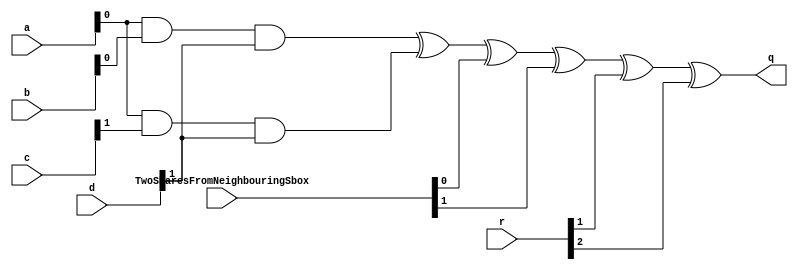
/*
* -----------------------------------------------------------------
* DOCUMENT: "Low-Latency and Low-Randomness Second-Order Masked Cubic Functions", TCHES 2023, Issue 1.
* -----------------------------------------------------------------
*
* Copyright (c) 2021, Aein Rezaei Shahmirzadi
*
* All rights reserved.
*
* THIS SOFTWARE IS PROVIDED BY THE COPYRIGHT HOLDERS AND CONTRIBUTORS "AS IS" AND
* ANY EXPRESS OR IMPLIED WARRANTIES, INCLUDING, BUT NOT LIMITED TO, THE IMPLIED
* WARRANTIES OF MERCHANTABILITY AND FITNESS FOR A PARTICULAR PURPOSE ARE
* DISCLAIMED. IN NO EVENT SHALL THE COPYRIGHT HOLDER OR CONTRIBUTERS BE LIABLE FOR ANY
* DIRECT, INDIRECT, INCIDENTAL, SPECIAL, EXEMPLARY, OR CONSEQUENTIAL DAMAGES
* (INCLUDING, BUT NOT LIMITED TO, PROCUREMENT OF SUBSTITUTE GOODS OR SERVICES;
* LOSS OF USE, DATA, OR PROFITS; OR BUSINESS INTERRUPTION) HOWEVER CAUSED AND
* ON ANY THEORY OF LIABILITY, WHETHER IN CONTRACT, STRICT LIABILITY, OR TORT
* (INCLUDING NEGLIGENCE OR OTHERWISE) ARISING IN ANY WAY OUT OF THE USE OF THIS
* SOFTWARE, EVEN IF ADVISED OF THE POSSIBILITY OF SUCH DAMAGE.
*
* Please see LICENSE and README for license and further instructions.
*/

module NF_CF_1(
  // #(parameter 1'h1     = 0)
    input [2:0] a,
    input [2:0] b,
    input [2:0] c,
    input [2:0] d,
	input [107:0] r,
	// input 1'h1,
    input [7:0] TwoSharesFromNeighbouringSbox,
    output q 
	 );
	 
	parameter num = 1;
	parameter Co_f = 0;
	wire [7:0] k;
	assign k = TwoSharesFromNeighbouringSbox;
	
	wire q_Sinv;
	wire q_S;
	wire MUX;
	 
	wire [26:0] r1;
	wire [26:0] r4;
	wire [26:0] r3;
	wire [26:0] r2;
	
	assign r1 = r[26:0];
	assign r3 = r[53:27];
	assign r4 = r[80:54];
	assign r2 = r[107:81];
	
	
	// Sbox Inverse
	generate
		if (Co_f == 0) begin
			if(num==0)  begin
				assign q_Sinv 	= (a[0]&b[0]&d[0]) ^ (a[0]&c[0]&d[0]) ^ (a[0]&b[0]) ^ 	(c[0]&b[0]) ^	(c[0]&d[0]) ^ d[0]  ^ b[0] ^ 1'b1  ;
				assign q_S 		= (a[0]&b[0]&c[0])  ^ (a[0]&b[0]) ^ 	(c[0]&b[0]) ^ (c[0]&d[0]) ^ (a[0]&d[0]) ^ 1'b1 ^ c[0] ^ d[0] ^ b[0];
				assign MUX 		= 1'h1 ? q_Sinv : q_S;
				assign q   		= MUX ^ k[0] ^ r1[0] ^ r1[1];
			end
			
			if(num==1)  begin 
				assign q_Sinv = (a[0]&b[0]&d[1]) ^ (a[0]&c[1]&d[1]);
				assign q_S = (a[0]&b[0]&c[1]) ^ c[1] ^ d[1] ;
				assign MUX 		= 1'h1 ? q_Sinv : q_S;
				assign q   		= MUX ^ k[0] ^ k[1]	^ r1[1] ^ r1[2];
			end
			
			if(num==2)  begin 
				assign q_Sinv 	= (a[0]&b[0]&d[2]) ^ (a[0]&c[2]&d[2]) 	;
				assign q_S 		= (a[0]&b[0]&c[2]) 						;
				assign MUX 		= 1'h1 ? q_Sinv : q_S;
				assign q   		= MUX ^ k[1] ^ k[2] ^ r1[2] ^ r1[3];
			end
			
			if(num==3)  begin 
				assign q_Sinv 	= (a[0]&b[1]&d[0]) ^ (a[0]&c[1]&d[0]) ^ (a[0]&b[1]) ^ b[1] ;
				assign q_S 		= (a[0]&b[1]&c[1])  ^ (a[0]&b[1]) ;
				assign MUX 		= 1'h1 ? q_Sinv : q_S;
				assign q   		= MUX ^ k[2] ^ k[3] ^ r1[3] ^ r1[4];
			end
			if(num==4)  begin 
				assign q_Sinv 	= (a[0]&b[1]&d[1]) ^ (a[0]&c[2]&d[1]) ;
				assign q_S 		= (a[0]&b[1]&c[2]) ;
				assign MUX 		= 1'h1 ? q_Sinv : q_S;
				assign q   		= MUX ^ k[3] ^ k[4]	    ^ r1[4] ^ r1[5];
			end
			if(num==5)  begin 
				assign q_Sinv 	= (a[0]&b[1]&d[2]) ^ (a[0]&c[0]&d[2]) ^ (c[0]&b[1]) ^	(c[0]&d[2]);
				assign q_S 		= (a[0]&b[1]&c[0])  ^ (c[0]&b[1]) ^ (c[0]&d[2]) ^ (a[0]&d[2]) ;
				assign MUX 		= 1'h1 ? q_Sinv : q_S;
				assign q   		= MUX ^ k[4] ^ k[5]	    ^ r1[5] ^ r1[6];
			end
			if(num==6)  begin 
				assign q_Sinv 	= (a[0]&b[2]&d[1]) ^ (a[0]&c[0]&d[1]) ^ (a[0]&b[2]) ^ 	(c[0]&b[2]) ^	(c[0]&d[1]) ;
				assign q_S 		= (a[0]&b[2]&c[0])  ^ (a[0]&b[2]) ^ 	(c[0]&b[2]) ^ (c[0]&d[1]) ^ (a[0]&d[1]) ;
				assign MUX 		= 1'h1 ? q_Sinv : q_S;
				assign q   		= MUX ^ k[5] ^ k[6] ^ r1[6] ^ r1[7];
			end
			if(num==7)  begin 
				assign q_Sinv 	= (a[0]&b[2]&d[2]) ^ (a[0]&c[1]&d[2]) ;
				assign q_S 		= (a[0]&b[2]&c[1]) ;
				assign MUX 		= 1'h1 ? q_Sinv : q_S;
				assign q   		= MUX ^ k[6] ^ k[7] ^ r1[7] ^ r1[8];
			end
			if(num==8)  begin 
				assign q_Sinv 	= (a[0]&b[2]&d[0]) ^ (a[0]&c[2]&d[0]);
				assign q_S 		= (a[0]&b[2]&c[2]) ;
				assign MUX 		= 1'h1 ? q_Sinv : q_S;
				assign q   		= MUX ^ k[7] ^ r1[8] ^ r1[9];
			end
																																									    
			if(num==9)  begin 
				assign q_Sinv = (a[1]&b[0]&d[0]) ^ (a[1]&c[2]&d[0]) ^ (a[1]&b[0]);
				assign q_S = (a[1]&b[0]&c[2])  ^ (a[1]&b[0])^ d[0];
				assign MUX 		= 1'h1 ? q_Sinv : q_S;
				assign q   		= MUX ^ k[0] 			^ r1[9]  ^ r1[10];
			end
			if(num==10) begin 
				assign q_Sinv = (a[1]&b[0]&d[1]) ^ (a[1]&c[0]&d[1]) ^ d[1] ;
				assign q_S = (a[1]&b[0]&c[0])  ^ c[0]  ;		 				 			    
				assign MUX 		= 1'h1 ? q_Sinv : q_S;
				assign q   		= MUX ^ k[0] ^ k[1]	    ^ r1[10] ^ r1[11];
			end
			if(num==11) begin 
				assign q_Sinv = (a[1]&b[0]&d[2]) ^ (a[1]&c[1]&d[2]) ^(c[1]&b[0]) ^	(c[1]&d[2]);
				assign q_S = (a[1]&b[0]&c[1])  ^ (c[1]&b[0]) ^ (c[1]&d[2]) ^ (a[1]&d[2]) ^ c[1];
				assign MUX 		= 1'h1 ? q_Sinv : q_S;
				assign q   		= MUX ^ k[1] ^ k[2]	    ^ r1[11] ^ r1[12];
			end
			if(num==12) begin 
				assign q_Sinv = (a[1]&b[1]&d[2]) ^ (a[1]&c[2]&d[2]) ^ (a[1]&b[1]) ^ b[1];
				assign q_S = (a[1]&b[1]&c[2])  ^ (a[1]&b[1]);
				assign MUX 		= 1'h1 ? q_Sinv : q_S;
				assign q   		= MUX ^ k[2] ^ k[3]	    ^ r1[12] ^ r1[13];
			end
			if(num==13) begin 
				assign q_Sinv = (a[1]&b[1]&d[0]) ^ (a[1]&c[0]&d[0]) ;
				assign q_S = (a[1]&b[1]&c[0]) ;
				assign MUX 		= 1'h1 ? q_Sinv : q_S;
				assign q   		= MUX ^ k[3] ^ k[4]	    ^ r1[13] ^ r1[14];
			end
			if(num==14) begin 
				assign q_Sinv = (a[1]&b[1]&d[1]) ^ (a[1]&c[1]&d[1]) ^ (c[1]&b[1]) ^ 	(c[1]&d[1]) ;
				assign q_S = (a[1]&b[1]&c[1])  ^ (c[1]&b[1]) ^ (c[1]&d[1]) ^ (a[1]&d[1]) ;
				assign MUX 		= 1'h1 ? q_Sinv : q_S;
				assign q   		= MUX ^ k[4] ^ k[5]	    ^ r1[14] ^ r1[15];
			end
			if(num==15) begin 
				assign q_Sinv = (a[1]&b[2]&d[2]) ^ (a[1]&c[0]&d[2]) ^ (a[1]&b[2]) ;
				assign q_S = (a[1]&b[2]&c[0])  ^ (a[1]&b[2]) ;
				assign MUX 		= 1'h1 ? q_Sinv : q_S;
				assign q   		= MUX ^ k[5] ^ k[6]	    ^ r1[15] ^ r1[16];
			end
			if(num==16) begin 
				assign q_Sinv = (a[1]&b[2]&d[0]) ^ (a[1]&c[1]&d[0]) ^ (c[1]&b[2]) ^ 	(c[1]&d[0]) ;
				assign q_S = (a[1]&b[2]&c[1])  ^ (c[1]&b[2]) ^ (c[1]&d[0]) ^ (a[1]&d[0]) ;
				assign MUX 		= 1'h1 ? q_Sinv : q_S;
				assign q   		= MUX ^ k[6] ^ k[7]	    ^ r1[16] ^ r1[17];
			end
			if(num==17) begin 
				assign q_Sinv 	= (a[1]&b[2]&d[1]) ^ (a[1]&c[2]&d[1]) ^ b[2] ;
				assign q_S 		= (a[1]&b[2]&c[2]) ;
				assign MUX 		= 1'h1 ? q_Sinv : q_S;
				assign q   		= MUX ^ k[7] 		    ^ r1[17] ^ r1[18];
			end
																																					 				    
			if(num==18) begin 
				assign q_Sinv = (a[2]&b[0]&d[2]) ^ (a[2]&c[0]&d[2]) ^ (a[2]&b[0]) ^ d[2] ^ b[0] ;
				assign q_S = (a[2]&b[0]&c[0])  ^ (a[2]&b[0]) ^ b[0] ;	
				assign MUX 		= 1'h1 ? q_Sinv : q_S;
				assign q   		= MUX ^ k[0] 			^ r1[18] ^ r1[19]	; 			        
			end
			if(num==19) begin  
				assign q_Sinv = (a[2]&b[0]&d[0]) ^ (a[2]&c[1]&d[0])                                                                          ;
				assign q_S = (a[2]&b[0]&c[1])   														^ c[1] ^ d[0]               ;    
				assign MUX 		= 1'h1 ? q_Sinv : q_S;
				assign q   		= MUX ^ k[0] ^ k[1]	    ^ r1[19] ^ r1[20]  ;                                        
			end
			if(num==20) begin  
				assign q_Sinv = (a[2]&b[0]&d[1]) ^ (a[2]&c[2]&d[1]) ^				(c[2]&b[0]) ^	(c[2]&d[1])                              ;
				assign q_S = (a[2]&b[0]&c[2])  ^				(c[2]&b[0]) ^ (c[2]&d[1]) ^ (a[2]&d[1])                           ;
				assign MUX 		= 1'h1 ? q_Sinv : q_S;
				assign q   		= MUX ^ k[1] ^ k[2]	    ^ r1[20] ^ r1[21];
			end
			if(num==21) begin  
				assign q_Sinv = (a[2]&b[1]&d[1]) ^ (a[2]&c[0]&d[1]) ^ (a[2]&b[1])                                                            ;
				assign q_S = (a[2]&b[1]&c[0])  ^ (a[2]&b[1])                                                          ;
				assign MUX 		= 1'h1 ? q_Sinv : q_S;
				assign q   		= MUX ^ k[2] ^ k[3]	    ^ r1[21] ^ r1[22];
			end
			if(num==22) begin  
				assign q_Sinv = (a[2]&b[1]&d[0]) ^ (a[2]&c[2]&d[0]) ^				(c[2]&b[1]) ^	(c[2]&d[0])                              ;
				assign q_S = (a[2]&b[1]&c[2])  ^				(c[2]&b[1]) ^ (c[2]&d[0]) ^ (a[2]&d[0])              ;
				assign MUX 		= 1'h1 ? q_Sinv : q_S;
				assign q   		= MUX ^ k[3] ^ k[4]	    ^ r1[22] ^ r1[23];
			end
			if(num==23) begin  
				assign q_Sinv = (a[2]&b[1]&d[2]) ^ (a[2]&c[1]&d[2])                                                                          ;
				assign q_S = (a[2]&b[1]&c[1])                                                                           ;
				assign MUX 		= 1'h1 ? q_Sinv : q_S;
				assign q   		= MUX ^ k[4] ^ k[5]	    ^ r1[23] ^ r1[24];
			end
			if(num==24) begin  
				assign q_Sinv = (a[2]&b[2]&d[1]) ^ (a[2]&c[1]&d[1]) ^ (a[2]&b[2])                                                            ;
				assign q_S = (a[2]&b[2]&c[1])  ^ (a[2]&b[2])                                                                         ;
				assign MUX 		= 1'h1 ? q_Sinv : q_S;
				assign q   		= MUX ^ k[5] ^ k[6]	    ^ r1[24] ^ r1[25];
			end
			if(num==25) begin  
				assign q_Sinv = (a[2]&b[2]&d[0]) ^ (a[2]&c[0]&d[0])                                                                          ;
				assign q_S = (a[2]&b[2]&c[0])															^ c[0]                     ;  
				assign MUX 		= 1'h1 ? q_Sinv : q_S;
				assign q   		= MUX ^ k[6] ^ k[7]	    ^ r1[25] ^ r1[26]      ;                                  
			end
			if(num==26) begin  
				assign q_Sinv = (a[2]&b[2]&d[2]) ^ (a[2]&c[2]&d[2]) ^				(c[2]&b[2]) ^  	(c[2]&d[2]) ^ b[2]                       ;
				assign q_S = (a[2]&b[2]&c[2])  ^				(c[2]&b[2]) ^ (c[2]&d[2]) ^ (a[2]&d[2]) ^ c[2] ^ d[2]               ;
				assign MUX 		= 1'h1 ? q_Sinv : q_S;
				assign q   		= MUX ^ k[7] 		    ^ r1[26] ^ r1[0];
			end
		end				
						
		
		else if (Co_f == 1) begin				
			if(num==0)  begin 
				assign q_Sinv = (b[0]&a[0]&c[0]) ^ (c[0]&b[0]) 	^ (a[0]&c[0]) ^ (d[0]&b[0])	^ d[0] ^ 1'b1  ^ (d[0]&c[0])     ;	
				assign q_S = (b[0]&a[0]&c[0]) ^ (b[0]&d[0]&c[0]) ^ (d[0]&b[0]) ^ (c[0]&b[0]) ^ (a[0]&c[0]) ^ 1'b1 ;
				assign MUX 		= 1'h1 ? q_Sinv : q_S;
				assign q   		= MUX ^ k[0] 			^ r2[0] ^ r2[1];
			end
			if(num==1)  begin 
				assign q_Sinv = (b[0]&a[0]&c[1]) ^ (c[1]&b[0]) 	^ (a[0]&c[1]) ^ (d[1]&b[0]) ^ d[1]	            ;  
				assign q_S = (b[0]&a[0]&c[1]) ^ (b[0]&d[1]&c[1]) ^ (d[1]&b[0]) ^ (c[1]&b[0]) ^ c[1]      ;
				assign MUX 		= 1'h1 ? q_Sinv : q_S;
				assign q   		= MUX ^ k[0] ^ k[1]	^ r2[1] ^ r2[2];
			end
			if(num==2)  begin 
				assign q_Sinv = (b[0]&a[0]&c[2]) ^ (c[2]&b[0])	^ (a[0]&c[2]) ^ (d[2]&b[0])                     ;   
				assign q_S = (b[0]&a[0]&c[2]) ^ (b[0]&d[2]&c[2]) ^ (d[2]&b[0]) ^ (c[2]&b[0])                       ;
				assign MUX 		= 1'h1 ? q_Sinv : q_S;
				assign q   		= MUX ^ k[1] ^ k[2]	^ r2[2] ^ r2[3];
			end
			if(num==3)  begin 
				assign q_Sinv = (b[0]&a[1]&c[1])	 ^ (d[0]&c[1])							                                ;
				assign q_S = (b[0]&a[1]&c[1]) ^	(b[0]&d[0]&c[1])	 							                   ;
				assign MUX 		= 1'h1 ? q_Sinv : q_S;
				assign q   		= MUX ^ k[2] ^ k[3]	^ r2[3] ^ r2[4];
			end
			if(num==4)  begin 
				assign q_Sinv = (b[0]&a[1]&c[2])                                                                ;
				assign q_S = (b[0]&a[1]&c[2]) ^ (b[0]&d[1]&c[2])                                             ;
				assign MUX 		= 1'h1 ? q_Sinv : q_S;
				assign q   		= MUX ^ k[3] ^ k[4]	^ r2[4] ^ r2[5];
			end
			if(num==5)  begin 
				assign q_Sinv = (b[0]&a[1]&c[0]) ;
				assign q_S = (b[0]&a[1]&c[0]) ^ (b[0]&d[2]&c[0]) 							 ^ (&a[1]&c[0]);
				assign MUX 		= 1'h1 ? q_Sinv : q_S;
				assign q   		= MUX ^ k[4] ^ k[5]	^ r2[5] ^ r2[6];
			end
			if(num==6)  begin 
				assign q_Sinv = (b[0]&a[2]&c[0]) ;   
				assign q_S = (b[0]&a[2]&c[0]) ^ (b[0]&d[1]&c[0]) 							 ^ (&a[2]&c[0]);
				assign MUX 		= 1'h1 ? q_Sinv : q_S;
				assign q   		= MUX  ^ k[5] ^ k[6]	^ r2[6] ^ r2[7];         
			end
			if(num==7)  begin 
				assign q_Sinv = (b[0]&a[2]&c[1]);   
				assign q_S = (b[0]&a[2]&c[1]) ^ (b[0]&d[2]&c[1]);
				assign MUX 		= 1'h1 ? q_Sinv : q_S;
				assign q   		= MUX ^ k[6] ^ k[7]	^ r2[7] ^ r2[8];
			end
			if(num==8)  begin 
				assign q_Sinv = (b[0]&a[2]&c[2]) ^ (d[0]&c[2]);
				assign q_S = (b[0]&a[2]&c[2]) ^ (b[0]&d[0]&c[2]);
				assign MUX 		= 1'h1 ? q_Sinv : q_S;
				assign q   		= MUX ^ k[7] 		    ^ r2[8] ^ r2[9];
			end
		
			if(num==9)  begin 
				assign q_Sinv = (b[1]&a[0]&c[2]) ^ (b[1]&c[2])  ^ (b[1]&d[0])  ;           
				assign q_S = (b[1]&a[0]&c[2]) ^ (b[1]&d[0]&c[2]) ^ (b[1]&d[0]) ^ (b[1]&c[2]) ;
				assign MUX 		= 1'h1 ? q_Sinv : q_S;
				assign q   		= MUX ^ k[0] 		    ^ r2[9]  ^ r2[10];
			end
			if(num==10) begin 
				assign q_Sinv = (b[1]&a[0]&c[0]) ^ (b[1]&c[0]) ^ (b[1]&d[1])  ^ (d[1]&c[0])^ d[1];  
				assign q_S = (b[1]&a[0]&c[0]) ^ (b[1]&d[1]&c[0]) ^ (b[1]&d[1]) ^ (b[1]&c[0]) ^ c[0] ;
				assign MUX 		= 1'h1 ? q_Sinv : q_S;
				assign q   		= MUX ^ k[0] ^ k[1]	^ r2[10] ^ r2[11];
			end
			if(num==11) begin 
				assign q_Sinv = (b[1]&a[0]&c[1]) ^ (b[1]&c[1])  ^ (b[1]&d[2])             ^ d[2] ;         
				assign q_S = (b[1]&a[0]&c[1]) ^ (b[1]&d[2]&c[1]) ^ (b[1]&d[2]) ^ (b[1]&c[1]) ^ (a[0]&c[1]) ^ c[1]           ;
				assign MUX 		= 1'h1 ? q_Sinv : q_S;
				assign q   		= MUX  ^ k[1] ^ k[2]	^ r2[11] ^ r2[12] ;    
			end
			if(num==12) begin 
				assign q_Sinv = (b[1]&a[1]&c[2]) ^ (a[1]&c[2]) ;      
				assign q_S = (b[1]&a[1]&c[2]) ^ (b[1]&d[2]&c[2])                      	                                    ;
				assign MUX 		= 1'h1 ? q_Sinv : q_S;
				assign q   		= MUX ^ k[2] ^ k[3]	^ r2[12] ^ r2[13]    ; 
			end
			if(num==13) begin 
				assign q_Sinv = (b[1]&a[1]&c[0]) ^ (a[1]&c[0]);
				assign q_S = (b[1]&a[1]&c[0]) ^ (b[1]&d[0]&c[0])                                                            ;
				assign MUX 		= 1'h1 ? q_Sinv : q_S;
				assign q   		= MUX ^ k[3] ^ k[4]	^ r2[13] ^ r2[14];
			end
			if(num==14) begin 
				assign q_Sinv = (b[1]&a[1]&c[1]) ^ (d[1]&c[1]) ^ (a[1]&c[1]);
				assign q_S = (b[1]&a[1]&c[1]) ^ (b[1]&d[1]&c[1]) 						     ^ (a[1]&c[1])                  ;
				assign MUX 		= 1'h1 ? q_Sinv : q_S;
				assign q   		= MUX ^ k[4] ^ k[5]	^ r2[14] ^ r2[15]; 
			end
			if(num==15) begin 
				assign q_Sinv = (b[1]&a[2]&c[0]);
				assign q_S = (b[1]&a[2]&c[0]) ^	(b[1]&d[2]&c[0])  							                                ; 
				assign MUX 		= 1'h1 ? q_Sinv : q_S;
				assign q   		= MUX ^ k[5] ^ k[6]	^ r2[15] ^ r2[16] ;
			end
			if(num==16) begin 
				assign q_Sinv = (b[1]&a[2]&c[1]);
				assign q_S = (b[1]&a[2]&c[1]) ^ (b[1]&d[0]&c[1])    						 ^ (a[2]&c[1])                  ;
				assign MUX 		= 1'h1 ? q_Sinv : q_S;
				assign q   		= MUX ^ k[6] ^ k[7]	^ r2[16] ^ r2[17];
			end
			if(num==17) begin 
				assign q_Sinv = (b[1]&a[2]&c[2]) ^ (d[1]&c[2]);
				assign q_S = (b[1]&a[2]&c[2]) ^ (b[1]&d[1]&c[2]); 
				assign MUX 		= 1'h1 ? q_Sinv : q_S;
				assign q   		= MUX ^ k[7] 		    ^ r2[17] ^ r2[18];
			end
																									           				
			if(num==18) begin 
				assign q_Sinv = (b[2]&a[0]&c[0]) ^ (b[2]&c[0])  ^ (b[2]&d[2]) ^ (d[2]&c[0]) 	^ d[2];
				assign q_S = (b[2]&a[0]&c[0]) ^ (b[2]&d[2]&c[0]) ^ (b[2]&d[2]) ^ (c[0]&b[2]) ^ c[0] 	                   	;
				assign MUX 		= 1'h1 ? q_Sinv : q_S;
				assign q   		= MUX ^ k[0] 		    ^ r2[18] ^ r2[19] ;
			end
			if(num==19) begin 
				assign q_Sinv = (b[2]&a[0]&c[1]) ^ (b[2]&c[1])  ^ (b[2]&d[0]) ^ d[0];  
				assign q_S = (b[2]&a[0]&c[1]) ^ (b[2]&d[0]&c[1]) ^ (b[2]&d[0]) ^ (c[1]&b[2])     	           			    ;
				assign MUX 		= 1'h1 ? q_Sinv : q_S;
				assign q   		= MUX ^ k[0] ^ k[1]	^ r2[19] ^ r2[20];
			end
			if(num==20) begin 
				assign q_Sinv = (b[2]&a[0]&c[2]) ^ (b[2]&c[2])  ^ (b[2]&d[1]);    
				assign q_S = (b[2]&a[0]&c[2]) ^ (b[2]&d[1]&c[2]) ^ (b[2]&d[1]) ^ (c[2]&b[2]) ^ (a[0]&c[2])                  ;
				assign MUX 		= 1'h1 ? q_Sinv : q_S;
				assign q   		= MUX ^ k[1] ^ k[2]	^ r2[20] ^ r2[21];
			end
			if(num==21) begin 
				assign q_Sinv = (b[2]&a[1]&c[0])        ;     
				assign q_S = (b[2]&a[1]&c[0]) ^ (b[2]&d[1]&c[0])  ;
				assign MUX 		= 1'h1 ? q_Sinv : q_S;
				assign q   		= MUX  ^ k[2] ^ k[3]	^ r2[21] ^ r2[22]  ;  
			end
			if(num==22) begin 
				assign q_Sinv = (b[2]&a[1]&c[2])                ;   
				assign q_S = (b[2]&a[1]&c[2]) ^ (b[2]&d[0]&c[2]) ^                           ^ (a[1]&c[2])                  ;
				assign MUX 		= 1'h1 ? q_Sinv : q_S;
				assign q   		= MUX ^ k[3] ^ k[4]	^ r2[22] ^ r2[23] ;
			end
			if(num==23) begin 
				assign q_Sinv = (b[2]&a[1]&c[1]) ^ (d[2]&c[1])				;  
				assign q_S = (b[2]&a[1]&c[1]) ^ (b[2]&d[2]&c[1]) ;
				assign MUX 		= 1'h1 ? q_Sinv : q_S;
				assign q   		= MUX ^ k[4] ^ k[5]	^ r2[23] ^ r2[24]  ;
			end
			if(num==24) begin 
				assign q_Sinv = (b[2]&a[2]&c[1]) ^ (a[2]&c[1])               ;
				assign q_S = (b[2]&a[2]&c[1]) ^ (b[2]&d[1]&c[1]) ;
				assign MUX 		= 1'h1 ? q_Sinv : q_S;
				assign q   		= MUX ^ k[5] ^ k[6]	^ r2[24] ^ r2[25];
			end
			if(num==25) begin 
				assign q_Sinv = (b[2]&a[2]&c[0]) ^ (a[2]&c[0])               ;
				assign q_S = (b[2]&a[2]&c[0]) ^ (b[2]&d[0]&c[0]);
				assign MUX 		= 1'h1 ? q_Sinv : q_S;
				assign q   		= MUX ^ k[6] ^ k[7]	^ r2[25] ^ r2[26];
			end
			if(num==26) begin 
				assign q_Sinv = (b[2]&a[2]&c[2]) ^ (a[2]&c[2]) ^ (d[2]&c[2]);
				assign q_S = (b[2]&a[2]&c[2]) ^ (b[2]&d[2]&c[2]) ^ 							 ^ (a[2]&c[2]) ;                 
				assign MUX 		= 1'h1 ? q_Sinv : q_S;
				assign q   		= MUX  ^ k[7] ^ r2[26] ^ r2[0];
			end
		end	
						
		else if (Co_f == 2) begin				
			if(num==0)  begin 
				assign q_Sinv = (b[0]&a[0]&c[0]) ^ (b[0]&a[0]&d[0]) ^ (a[0]&c[0]) ^ (a[0]&b[0]) ^ (b[0]&c[0]) ^ (b[0]&d[0]) ^ a[0] ^ c[0]    	;
				assign q_S = (b[0]&d[0]&c[0]) ^ (b[0]&a[0]&d[0]) ^  (a[0]&b[0])  ^ (b[0]&d[0]) 		^ (a[0]&d[0]) ^ a[0] ^ d[0]	 ;                 
				assign MUX 		= 1'h1 ? q_Sinv : q_S;
				assign q   		= MUX ^ k[0] 			^ r3[0] ^ r3[1];
			end
			if(num==1)  begin 
				assign q_Sinv = (b[0]&a[0]&c[1]) ^ (b[0]&a[0]&d[1]) ^ (a[0]&c[1])               ^ (b[0]&c[1]) ^ (b[0]&d[1])                  	;
				assign q_S = (b[0]&d[1]&c[1]) ^ (b[0]&a[0]&d[1]) ^                 ^ (b[0]&d[1]);                 
				assign MUX 		= 1'h1 ? q_Sinv : q_S;
				assign q   		= MUX ^ k[0] ^ k[1]	^ r3[1] ^ r3[2];
			end
			if(num==2)  begin 
				assign q_Sinv = (b[0]&a[0]&c[2]) ^ (b[0]&a[0]&d[2]) ^ (a[0]&c[2])               ^ (b[0]&c[2]) ^ (b[0]&d[2])                  	;
				assign q_S = (b[0]&d[2]&c[2]) ^ (b[0]&a[0]&d[2]) ^                 ^ (b[0]&d[2])                               ;                 
				assign MUX 		= 1'h1 ? q_Sinv : q_S;
				assign q   		= MUX ^ k[1] ^ k[2]	^ r3[2] ^ r3[3];
			end
			if(num==3)  begin 
				assign q_Sinv = (b[0]&a[1]&c[1]) ^ (b[0]&a[1]&d[0]) ^ 			    (a[1]&b[0])	                                            ;
				assign q_S = (b[0]&d[0]&c[1]) ^ (b[0]&a[1]&d[0]) ^  (a[1]&b[0])	                    ^ (a[1]&d[0]) ^ a[1]          ;                 
				assign MUX 		= 1'h1 ? q_Sinv : q_S;
				assign q   		= MUX ^ k[2] ^ k[3]	^ r3[3] ^ r3[4];
			end
			if(num==4)  begin 
				assign q_Sinv = (b[0]&a[1]&c[2]) ^ (b[0]&a[1]&d[1]);
				assign q_S = (b[0]&d[1]&c[2]) ^ (b[0]&a[1]&d[1]);                 
				assign MUX 		= 1'h1 ? q_Sinv : q_S;
				assign q   		= MUX ^ k[3] ^ k[4]	^ r3[4] ^ r3[5];
			end
			if(num==5)  begin 
				assign q_Sinv = (b[0]&a[1]&c[0]) ^ (b[0]&a[1]&d[2])                                                                          	;
				assign q_S = (b[0]&d[2]&c[0]) ^ (b[0]&a[1]&d[2]);                 
				assign MUX 		= 1'h1 ? q_Sinv : q_S;
				assign q   		= MUX ^ k[4] ^ k[5]	^ r3[5] ^ r3[6] ;
			end
			if(num==6)  begin 
				assign q_Sinv = (b[0]&a[2]&c[0]) ^ (b[0]&a[2]&d[1]) ^				(a[2]&b[0])                                              	;
				assign q_S = (b[0]&d[1]&c[0]) ^ (b[0]&a[2]&d[1]) ^	(a[2]&b[0]);                 
				assign MUX 		= 1'h1 ? q_Sinv : q_S;
				assign q   		= MUX ^ k[5] ^ k[6]	^ r3[6] ^ r3[7];
			end
			if(num==7)  begin 
				assign q_Sinv = (b[0]&a[2]&c[1]) ^ (b[0]&a[2]&d[2])                                                                          	;
				assign q_S = (b[0]&d[2]&c[1]) ^ (b[0]&a[2]&d[2]);                 
				assign MUX 		= 1'h1 ? q_Sinv : q_S;
				assign q   		= MUX ^ k[6] ^ k[7]	^ r3[7] ^ r3[8];
			end
			if(num==8)  begin 
				assign q_Sinv = (b[0]&a[2]&c[2]) ^ (b[0]&a[2]&d[0]) 	          															 	;	
				assign q_S = (b[0]&d[0]&c[2]) ^ (b[0]&a[2]&d[0])									^ (a[2]&d[0]);	                 
				assign MUX 		= 1'h1 ? q_Sinv : q_S;
				assign q   		= MUX ^ k[7] 			^ r3[8] ^ r3[9]	;																				 								
			end
						 							                                                                                               				        
			if(num==9)  begin 
				assign q_Sinv = (b[1]&a[0]&c[2]) ^ (b[1]&a[0]&d[0]) ^				(a[0]&b[1]) ^ (b[1]&c[2]) ^ (b[1]&d[0])  			     	;
				assign q_S = (b[1]&d[0]&c[2]) ^ (b[1]&a[0]&d[0]) ^	(a[0]&b[1])   ^ (b[1]&d[0]);	                 
				assign MUX 		= 1'h1 ? q_Sinv : q_S;
				assign q   		= MUX ^ k[0] 			^ r3[9]  ^ r3[10]	;		
			end
			if(num==10) begin 
				assign q_Sinv = (b[1]&a[0]&c[0]) ^ (b[1]&a[0]&d[1])                             ^ (b[1]&c[0]) ^ (b[1]&d[1])                  	;
				assign q_S = (b[1]&d[1]&c[0]) ^ (b[1]&a[0]&d[1])                   ^ (b[1]&d[1])    ^ (a[0]&d[1]) ^ d[1] ^ a[0]     ;                 
				assign MUX 		= 1'h1 ? q_Sinv : q_S;
				assign q   		= MUX ^ k[0] ^ k[1]	^ r3[10] ^ r3[11] ;
			end
			if(num==11) begin 
				assign q_Sinv = (b[1]&a[0]&c[1]) ^ (b[1]&a[0]&d[2])                             ^ (b[1]&c[1]) ^ (b[1]&d[2])                  	;
				assign q_S = (b[1]&d[2]&c[1]) ^ (b[1]&a[0]&d[2])                   ^ (b[1]&d[2])  ;                 
				assign MUX 		= 1'h1 ? q_Sinv : q_S;
				assign q   		= MUX ^ k[1] ^ k[2]	^ r3[11] ^ r3[12];
			end
			if(num==12) begin 
				assign q_Sinv = (b[1]&a[1]&c[2]) ^ (b[1]&a[1]&d[2]) ^ (a[1]&c[2]) ^ (a[1]&b[1])                                              	;
				assign q_S = (b[1]&d[2]&c[2]) ^ (b[1]&a[1]&d[2]) ^  (a[1]&b[1])                                                     ;                 
				assign MUX 		= 1'h1 ? q_Sinv : q_S;
				assign q   		= MUX ^ k[2] ^ k[3]	^ r3[12] ^ r3[13] ;
			end
			if(num==13) begin 
				assign q_Sinv = (b[1]&a[1]&c[0]) ^ (b[1]&a[1]&d[0]) ^ (a[1]&c[0])                                                            	;
				assign q_S = (b[1]&d[0]&c[0]) ^ (b[1]&a[1]&d[0]) ;                 
				assign MUX 		= 1'h1 ? q_Sinv : q_S;
				assign q   		= MUX ^ k[3] ^ k[4]	^ r3[13] ^ r3[14];
			end
			if(num==14) begin 
				assign q_Sinv = (b[1]&a[1]&c[1]) ^ (b[1]&a[1]&d[1]) ^ (a[1]&c[1]) ^ a[1] ^ c[1]	                                            ;
				assign q_S = (b[1]&d[1]&c[1]) ^ (b[1]&a[1]&d[1]) ^  								^ (a[1]&d[1])                   ;                 
				assign MUX 		= 1'h1 ? q_Sinv : q_S;
				assign q   		= MUX ^ k[4] ^ k[5]	^ r3[14] ^ r3[15];
			end
			if(num==15) begin 
				assign q_Sinv = (b[1]&a[2]&c[0]) ^ (b[1]&a[2]&d[2]) ^               (a[2]&b[1])                                              	;
				assign q_S = (b[1]&d[2]&c[0]) ^ (b[1]&a[2]&d[2]) ^  (a[2]&b[1])                                                     ;                 
				assign MUX 		= 1'h1 ? q_Sinv : q_S;
				assign q   		= MUX ^ k[5] ^ k[6]	^ r3[15] ^ r3[16];
			end
			if(num==16) begin 
				assign q_Sinv = (b[1]&a[2]&c[1]) ^ (b[1]&a[2]&d[0])                                                                          	;
				assign q_S = (b[1]&d[0]&c[1]) ^ (b[1]&a[2]&d[0])                                                                   ;                 
				assign MUX 		= 1'h1 ? q_Sinv : q_S;
				assign q   		= MUX ^ k[6] ^ k[7]	^ r3[16] ^ r3[17];
			end
			if(num==17) begin 
				assign q_Sinv = (b[1]&a[2]&c[2]) ^ (b[1]&a[2]&d[1]) 																		 	;	
				assign q_S = (b[1]&d[1]&c[2]) ^ (b[1]&a[2]&d[1])									^ (a[2]&d[1]) 					;		                 
				assign MUX 		= 1'h1 ? q_Sinv : q_S;
				assign q   		= MUX ^ k[7] 			^ r3[17] ^ r3[18];														 								
			end
						 								                                                                                            				    
			if(num==18) begin 
				assign q_Sinv = (b[2]&a[0]&c[0]) ^ (b[2]&a[0]&d[2]) ^  				(a[0]&b[2]) ^ (b[2]&c[0]) ^ (b[2]&d[2])                 ;
				assign q_S = (b[2]&d[2]&c[0]) ^ (b[2]&a[0]&d[2]) ^ (a[0]&b[2])   ^ (b[2]&d[2])		^ (a[0]&d[2]) ^ a[0]            ;                 
				assign MUX 		= 1'h1 ? q_Sinv : q_S;
				assign q   		= MUX ^ k[0] 		    ^ r3[18] ^ r3[19];
			end
			if(num==19) begin 
				assign q_Sinv = (b[2]&a[0]&c[1]) ^ (b[2]&a[0]&d[0])                             ^ (b[2]&c[1]) ^ (b[2]&d[0])                 	;
				assign q_S = (b[2]&d[0]&c[1]) ^ (b[2]&a[0]&d[0])                   ^ (b[2]&d[0])                                    ;                 
				assign MUX 		= 1'h1 ? q_Sinv : q_S;
				assign q   		= MUX ^ k[0] ^ k[1]	^ r3[19] ^ r3[20];
			end
			if(num==20) begin 
				assign q_Sinv = (b[2]&a[0]&c[2]) ^ (b[2]&a[0]&d[1])                             ^ (b[2]&c[2]) ^ (b[2]&d[1])                 	;
				assign q_S = (b[2]&d[1]&c[2]) ^ (b[2]&a[0]&d[1])                   ^ (b[2]&d[1])                                    ;                 
				assign MUX 		= 1'h1 ? q_Sinv : q_S;
				assign q   		= MUX ^ k[1] ^ k[2]	^ r3[20] ^ r3[21];
			end
			if(num==21) begin 
				assign q_Sinv = (b[2]&a[1]&c[0]) ^ (b[2]&a[1]&d[1]) ^               (a[1]&b[2])                                             	;
				assign q_S = (b[2]&d[1]&c[0]) ^ (b[2]&a[1]&d[1]) ^ (a[1]&b[2])                                                      ;                 
				assign MUX 		= 1'h1 ? q_Sinv : q_S;
				assign q   		= MUX ^ k[2] ^ k[3]	^ r3[21] ^ r3[22];
			end
			if(num==22) begin 
				assign q_Sinv = (b[2]&a[1]&c[2]) ^ (b[2]&a[1]&d[0])                                                                         	;
				assign q_S = (b[2]&d[0]&c[2]) ^ (b[2]&a[1]&d[0])                                                                    ;                 
				assign MUX 		= 1'h1 ? q_Sinv : q_S;
				assign q   		= MUX ^ k[3] ^ k[4]	^ r3[22] ^ r3[23];
			end
			if(num==23) begin 
				assign q_Sinv = (b[2]&a[1]&c[1]) ^ (b[2]&a[1]&d[2])                                                                         	;
				assign q_S = (b[2]&d[2]&c[1]) ^ (b[2]&a[1]&d[2])									^ (a[1]&d[2])                   ;                    
				assign MUX 		= 1'h1 ? q_Sinv : q_S;
				assign q   		= MUX ^ k[4] ^ k[5]	^ r3[23] ^ r3[24]  ;                                 
			end
			if(num==24) begin 
				assign q_Sinv = (b[2]&a[2]&c[1]) ^ (b[2]&a[2]&d[1]) ^ (a[2]&c[1]) ^ (a[2]&b[2])                                             	;
				assign q_S = (b[2]&d[1]&c[1]) ^ (b[2]&a[2]&d[1]) ^ (a[2]&b[2])                                                      ;                 
				assign MUX 		= 1'h1 ? q_Sinv : q_S;
				assign q   		= MUX ^ k[5] ^ k[6]	^ r3[24] ^ r3[25];
			end
			if(num==25) begin 
				assign q_Sinv = (b[2]&a[2]&c[0]) ^ (b[2]&a[2]&d[0]) ^ (a[2]&c[0])                                                           	;
				assign q_S = (b[2]&d[0]&c[0]) ^ (b[2]&a[2]&d[0]) ;                 
				assign MUX 		= 1'h1 ? q_Sinv : q_S;
				assign q   		= MUX ^ k[6] ^ k[7]	^ r3[25] ^ r3[26];
			end
			if(num==26) begin 
				assign q_Sinv = (b[2]&a[2]&c[2]) ^ (b[2]&a[2]&d[2]) ^ (a[2]&c[2]) ^ a[2] ^ c[2]                                             	;
				assign q_S = (b[2]&d[2]&c[2]) ^ (b[2]&a[2]&d[2]) ^									^ (a[2]&d[2]) ^ a[2] ^ d[2]     ;                     
				assign MUX 		= 1'h1 ? q_Sinv : q_S;
				assign q   		= MUX ^ k[7] 		    ^ r3[26] ^ r3[0] ;                            
			end
		end					
						
		else if (Co_f == 3) begin				
			if(num==0)  begin 
				assign q_Sinv = (c[0]&a[0]&b[0]) ^ (c[0]&a[0]&d[0]) ^ (c[0]&b[0]&d[0]) ^ (a[0]&b[0]) ^ 				(c[0]&b[0]) ^ 	(c[0]&d[0])	^ 1'b1 ^ a[0] ^ b[0] ^ d[0]    	;
				assign q_S = (a[0]&c[0]&b[0]) ^ (a[0]&c[0]&d[0]) ^ (a[0]&b[0]&d[0]) ^ (c[0]&b[0]) 	^ (c[0]&d[0]) ^ b[0] ^1'b1	;                     
				assign MUX 		= 1'h1 ? q_Sinv : q_S;
				assign q   		= MUX ^ k[0] 		  	^ r4[0] ^ r4[1];
			end
			if(num==1)  begin 
				assign q_Sinv = (c[0]&a[0]&b[1]) ^ (c[0]&a[0]&d[1]) ^ (c[0]&b[1]&d[1]) ^ (a[0]&b[1]) ^ 				(c[0]&b[1])	^	(c[0]&d[1])	 	   ^ b[1]                  	;
				assign q_S = (a[0]&c[0]&b[1]) ^ (a[0]&c[0]&d[1]) ^ (a[0]&b[1]&d[1]) ^ (c[0]&b[1]);                     
				assign MUX 		= 1'h1 ? q_Sinv : q_S;
				assign q   		= MUX ^ k[0] ^ k[1]	^ r4[1] ^ r4[2];
			end
			if(num==2)  begin 
				assign q_Sinv = (c[0]&a[0]&b[2]) ^ (c[0]&a[0]&d[2]) ^ (c[0]&b[2]&d[2]) ^ (a[0]&b[2]) ^ (c[0]&a[0]) ^ (c[0]&b[2])	^	(c[0]&d[2])	   ^ d[2] ^ b[2]           	;
				assign q_S = (a[0]&c[0]&b[2]) ^ (a[0]&c[0]&d[2]) ^ (a[0]&b[2]&d[2]) ^ (c[0]&b[2])                               ;                     
				assign MUX 		= 1'h1 ? q_Sinv : q_S;
				assign q   		= MUX ^ k[1] ^ k[2]	^ r4[2] ^ r4[3];
			end
			if(num==3)  begin 
				assign q_Sinv = (c[0]&a[1]&b[1]) ^ (c[0]&a[1]&d[0]) ^ (c[0]&b[1]&d[0]) ^ 			  (c[0]&a[1])							 		   ^ a[1]                  	^ k[2] ^ k[3]	^ r4[3] ^ r4[4];
				assign q_S = 0;                     
				assign MUX 		= 1'h1 ? q_Sinv : q_S;
				assign q   		= MUX ;
			end
			if(num==4)  begin 
				assign q_Sinv = (c[0]&a[1]&b[2]) ^ (c[0]&a[1]&d[1]) ^ (c[0]&b[2]&d[1])  													 					               	^ k[3] ^ k[4]	^ r4[4] ^ r4[5];                         
				assign q_S = 0;                     
				assign MUX 		= 1'h1 ? q_Sinv : q_S;
				assign q   		= MUX ;
			end
			if(num==5)  begin 
				assign q_Sinv = (c[0]&a[1]&b[0]) ^ (c[0]&a[1]&d[2]) ^ (c[0]&b[0]&d[2]) 														 						           	^ k[4] ^ k[5]	^ r4[5] ^ r4[6];                       
				assign q_S = 0;                     
				assign MUX 		= 1'h1 ? q_Sinv : q_S;
				assign q   		= MUX ;
			end
			if(num==6)  begin 
				assign q_Sinv = (c[0]&a[2]&b[0]) ^ (c[0]&a[2]&d[1]) ^ (c[0]&b[0]&d[1])  													 					               	^ k[5] ^ k[6]	^ r4[6] ^ r4[7];              
				assign q_S = 0;                     
				assign MUX 		= 1'h1 ? q_Sinv : q_S;
				assign q   		= MUX ;
			end
			if(num==7)  begin 
				assign q_Sinv = (c[0]&a[2]&b[1]) ^ (c[0]&a[2]&d[2]) ^ (c[0]&b[1]&d[2]) 														 		                           	^ k[6] ^ k[7]	^ r4[7] ^ r4[8];              
				assign q_S = 0;                     
				assign MUX 		= 1'h1 ? q_Sinv : q_S;
				assign q   		= MUX ;
			end
			if(num==8)  begin 
				assign q_Sinv = (c[0]&a[2]&b[2]) ^ (c[0]&a[2]&d[0]) ^ (c[0]&b[2]&d[0]) ^               (c[0]&a[2])	           			 									   	^ k[7] 			^ r4[8] ^ r4[9];																								
				assign q_S = 0;                     
				assign MUX 		= 1'h1 ? q_Sinv : q_S;
				assign q   		= MUX ;
			end
			if(num==9)  begin 
				assign q_Sinv = 0;
				assign q_S = (a[0]&c[1]&b[1]) ^ (a[0]&c[1]&d[0]) ^ (a[0]&b[1]&d[0]) 				^ (c[1]&d[0])               ^ k[2] ^ k[3]	^ r4[3] ^ r4[4];                     
				assign MUX 		= 1'h1 ? q_Sinv : q_S;
				assign q   		= MUX ;
			end
			if(num==10) begin 
				assign q_Sinv = 0;
				assign q_S = (a[0]&c[1]&b[2]) ^ (a[0]&c[1]&d[1]) ^ (a[0]&b[2]&d[1]) 			                                ^ k[3] ^ k[4]	^ r4[4] ^ r4[5];                     
				assign MUX 		= 1'h1 ? q_Sinv : q_S;
				assign q   		= MUX ;
			end
			if(num==11) begin 
				assign q_Sinv = 0;
				assign q_S = (a[0]&c[1]&b[0]) ^ (a[0]&c[1]&d[2]) ^ (a[0]&b[0]&d[2]) 			                                ^ k[4] ^ k[5]	^ r4[5] ^ r4[6];                     
				assign MUX 		= 1'h1 ? q_Sinv : q_S;
				assign q   		= MUX ;
			end
			if(num==12) begin 
				assign q_Sinv = 0;
				assign q_S = (a[0]&c[2]&b[0]) ^ (a[0]&c[2]&d[1]) ^ (a[0]&b[0]&d[1]) 			                                ^ k[5] ^ k[6]	^ r4[6] ^ r4[7];                     
				assign MUX 		= 1'h1 ? q_Sinv : q_S;
				assign q   		= MUX ;
			end
			if(num==13) begin 
				assign q_Sinv = 0;
				assign q_S = (a[0]&c[2]&b[1]) ^ (a[0]&c[2]&d[2]) ^ (a[0]&b[1]&d[2]) 			                                ^ k[6] ^ k[7]	^ r4[7] ^ r4[8];                     
				assign MUX 		= 1'h1 ? q_Sinv : q_S;
				assign q   		= MUX ;
			end
			if(num==14) begin 
				assign q_Sinv = 0;
				assign q_S = (a[0]&c[2]&b[2]) ^ (a[0]&c[2]&d[0]) ^ (a[0]&b[2]&d[0])					^ (c[2]&d[0])        		^ k[7] 			^ r4[8] ^ r4[9];										                     
				assign MUX 		= 1'h1 ? q_Sinv : q_S;
				assign q   		= MUX ;
			end
						 
			if(num==15) begin 
				assign q_Sinv = (c[1]&a[0]&b[2]) ^ (c[1]&a[0]&d[0]) ^ (c[1]&b[2]&d[0]) ^ (c[1]&d[0]) ^ k[0] 		  	^ r4[9]  ^ r4[10];
				assign q_S = 0; 
				assign MUX 		= 1'h1 ? q_Sinv : q_S;
				assign q   		= MUX ;
			end
			if(num==16) begin 
				assign q_Sinv = (c[1]&a[0]&b[0]) ^ (c[1]&a[0]&d[1]) ^ (c[1]&b[0]&d[1]) ^ 			 								(c[1]&d[1])	^ k[0] ^ k[1]	^ r4[10] ^ r4[11]                               	;
				assign q_S = 0;
				assign MUX 		= 1'h1 ? q_Sinv : q_S;
				assign q   		= MUX ;
			end
			if(num==17) begin 
				assign q_Sinv = (c[1]&a[0]&b[1]) ^ (c[1]&a[0]&d[2]) ^ (c[1]&b[1]&d[2]) ^ (c[1]&a[0]) ^ (c[1]&d[2]) ^ a[0] ^ d[2] ^ k[1] ^ k[2]^ r4[11] ^ r4[12];
				assign q_S = 0;
				assign MUX 		= 1'h1 ? q_Sinv : q_S;
				assign q   		= MUX 	;
			end
			if(num==18) begin 
				assign q_Sinv = (c[1]&a[1]&b[2]) ^ (c[1]&a[1]&d[2]) ^ (c[1]&b[2]&d[2]) ^ (a[1]&b[2]) ^ (c[1]&a[1]) ^ (c[1]&b[2])			 	                               	;
				assign q_S = (a[1]&c[1]&b[2]) ^ (a[1]&c[1]&d[2]) ^ (a[1]&b[2]&d[2]) ^ (c[1]&b[2]);                     
				assign MUX 		= 1'h1 ? q_Sinv : q_S;
				assign q   		= MUX ^ k[2] ^ k[3]	^ r4[12] ^ r4[13];
			end
			if(num==19) begin 
				assign q_Sinv = (c[1]&a[1]&b[0]) ^ (c[1]&a[1]&d[0]) ^ (c[1]&b[0]&d[0]) ^ (a[1]&b[0])   			  ^ (c[1]&b[0])			 	 		                           	;
				assign q_S = (a[1]&c[1]&b[0]) ^ (a[1]&c[1]&d[0]) ^ (a[1]&b[0]&d[0]) ^ (c[1]&b[0]);                     
				assign MUX 		= 1'h1 ? q_Sinv : q_S;
				assign q   		= MUX ^ k[3] ^ k[4]	^ r4[13] ^ r4[14];
			end
			if(num==20) begin 
				assign q_Sinv = (c[1]&a[1]&b[1]) ^ (c[1]&a[1]&d[1]) ^ (c[1]&b[1]&d[1]) ^ (a[1]&b[1])				  ^ (c[1]&b[1])	^ b[1] ^ b[1]                              	;
				assign q_S = (a[1]&c[1]&b[1]) ^ (a[1]&c[1]&d[1]) ^ (a[1]&b[1]&d[1]) ^ (c[1]&b[1])	^ (c[1]&d[1]) ^ b[1] ^ d[1];                     
				assign MUX 		= 1'h1 ? q_Sinv : q_S;
				assign q   		= MUX ^ k[4] ^ k[5]	^ r4[14] ^ r4[15];
			end
			if(num==21) begin 
				assign q_Sinv = (c[1]&a[2]&b[0]) ^ (c[1]&a[2]&d[2]) ^ (c[1]&b[0]&d[2])  			 										 	                               	^ k[5] ^ k[6]	^ r4[15] ^ r4[16];
				assign q_S = 0;                     
				assign MUX 		= 1'h1 ? q_Sinv : q_S;
				assign q   		= MUX ;
			end
			if(num==22) begin 
				assign q_Sinv = (c[1]&a[2]&b[1]) ^ (c[1]&a[2]&d[0]) ^ (c[1]&b[1]&d[0])  			  										 	                               	^ k[6] ^ k[7]	^ r4[16] ^ r4[17];
				assign q_S = 0;                     
				assign MUX 		= 1'h1 ? q_Sinv : q_S;
				assign q   		= MUX ;
			end
			if(num==23) begin 
				assign q_Sinv = (c[1]&a[2]&b[2]) ^ (c[1]&a[2]&d[1]) ^ (c[1]&b[2]&d[1]) ^ 			  (c[1]&a[2])							 								   	^ k[7] 			^ r4[17] ^ r4[18];																								
				assign q_S = 0;                     
				assign MUX 		= 1'h1 ? q_Sinv : q_S;
				assign q   		= MUX ;
			end
			if(num==24) begin 
				assign q_Sinv = 0;
				assign q_S = (a[1]&c[0]&b[2]) ^ (a[1]&c[0]&d[0]) ^ (a[1]&b[2]&d[0])								                ^ k[0] 		  	^ r4[9]  ^ r4[10];
				assign MUX 		= 1'h1 ? q_Sinv : q_S;
				assign q   		= MUX ;
			end
			if(num==25) begin 
				assign q_Sinv = 0;
				assign q_S = (a[1]&c[0]&b[0]) ^ (a[1]&c[0]&d[1]) ^ (a[1]&b[0]&d[1])					^ (c[0]&d[1]) 			    ^ k[0] ^ k[1]	^ r4[10] ^ r4[11];
				assign MUX 		= 1'h1 ? q_Sinv : q_S;
				assign q   		= MUX ;
			end
			if(num==26) begin 
				assign q_Sinv = 0;
				assign q_S = (a[1]&c[0]&b[1]) ^ (a[1]&c[0]&d[2]) ^ (a[1]&b[1]&d[2]) 			                                ^ k[1] ^ k[2]	^ r4[11] ^ r4[12];
				assign MUX 		= 1'h1 ? q_Sinv : q_S;
				assign q   		= MUX ;
			end
			if(num==27) begin 
				assign q_Sinv = 0;
				assign q_S = (a[1]&c[2]&b[0]) ^ (a[1]&c[2]&d[2]) ^ (a[1]&b[0]&d[2]) 			                                ^ k[5] ^ k[6]	^ r4[15] ^ r4[16];
				assign MUX 		= 1'h1 ? q_Sinv : q_S;
				assign q   		= MUX ;
			end
			if(num==28) begin 
				assign q_Sinv = 0;
				assign q_S = (a[1]&c[2]&b[1]) ^ (a[1]&c[2]&d[0]) ^ (a[1]&b[1]&d[0]) 			                                ^ k[6] ^ k[7]	^ r4[16] ^ r4[17];
				assign MUX 		= 1'h1 ? q_Sinv : q_S;
				assign q   		= MUX ;
			end
			if(num==29) begin 
				assign q_Sinv = 0;	
				assign q_S = (a[1]&c[2]&b[2]) ^ (a[1]&c[2]&d[1]) ^ (a[1]&b[2]&d[1])					^ (c[2]&d[1])  				^ k[7] 			^ r4[17] ^ r4[18];
				assign MUX 		= 1'h1 ? q_Sinv : q_S;
				assign q   		= MUX ;
			end
						 
			if(num==30) begin 
				assign q_Sinv = (c[2]&a[0]&b[0]) ^ (c[2]&a[0]&d[2]) ^ (c[2]&b[0]&d[2]) ^ 			  								(c[2]&d[2])	                              	^ k[0] 		  	^ r4[18] ^ r4[19];
				assign q_S = 0;
				assign MUX 		= 1'h1 ? q_Sinv : q_S;
				assign q   		= MUX ;
			end
			if(num==31) begin 
				assign q_Sinv = (c[2]&a[0]&b[1]) ^ (c[2]&a[0]&d[0]) ^ (c[2]&b[1]&d[0]) ^       	      				      	   		(c[2]&d[0])	^ a[0] ^ d[0]	              	^ k[0] ^ k[1]	^ r4[19] ^ r4[20];	
				assign q_S = 0;
				assign MUX 		= 1'h1 ? q_Sinv : q_S;
				assign q   		= MUX ;
			end
			if(num==32) begin 
				assign q_Sinv = (c[2]&a[0]&b[2]) ^ (c[2]&a[0]&d[1]) ^ (c[2]&b[2]&d[1]) ^ 			  (c[2]&a[0])				^	(c[2]&d[1])	                              	^ k[1] ^ k[2]	^ r4[20] ^ r4[21];
				assign q_S = 0;
				assign MUX 		= 1'h1 ? q_Sinv : q_S;
				assign q   		= MUX ;
			end
			if(num==33) begin 
				assign q_Sinv = (c[2]&a[1]&b[0]) ^ (c[2]&a[1]&d[1]) ^ (c[2]&b[0]&d[1]) ^ 			  (c[2]&a[1])							 	                              	^ k[2] ^ k[3]	^ r4[21] ^ r4[22];
				assign q_S = 0;                     
				assign MUX 		= 1'h1 ? q_Sinv : q_S;
				assign q   		= MUX ;
			end
			if(num==34) begin 
				assign q_S = 0;
				assign q_Sinv = (c[2]&a[1]&b[2]) ^ (c[2]&a[1]&d[0]) ^ (c[2]&b[2]&d[0]) 														 		                          	^ k[3] ^ k[4]	^ r4[22] ^ r4[23];                          
				assign MUX 		= 1'h1 ? q_Sinv : q_S;
				assign q   		= MUX ;
			end
			if(num==35) begin 
				assign q_S = 0;
				assign q_Sinv = (c[2]&a[1]&b[1]) ^ (c[2]&a[1]&d[2]) ^ (c[2]&b[1]&d[2])                				           			 	 	                              	^ k[4] ^ k[5]	^ r4[23] ^ r4[24];                     
				assign MUX 		= 1'h1 ? q_Sinv : q_S;
				assign q   		= MUX ;
			end
			if(num==36) begin 
				assign q_S = (a[2]&c[2]&b[1]) ^ (a[2]&c[2]&d[1]) ^ (a[2]&b[1]&d[1]) ^ (c[2]&b[1])                               ;
				assign q_Sinv = (c[2]&a[2]&b[1]) ^ (c[2]&a[2]&d[1]) ^ (c[2]&b[1]&d[1]) ^ (a[2]&b[1])  			  ^ (c[2]&b[1])			 	 	                              	;                     
				assign MUX 		= 1'h1 ? q_Sinv : q_S;
				assign q   		= MUX ^ k[5] ^ k[6]	^ r4[24] ^ r4[25];
			end
			if(num==37) begin 
				assign q_S = (a[2]&c[2]&b[0]) ^ (a[2]&c[2]&d[0]) ^ (a[2]&b[0]&d[0]) ^ (c[2]&b[0])                               ;
				assign q_Sinv = (c[2]&a[2]&b[0]) ^ (c[2]&a[2]&d[0]) ^ (c[2]&b[0]&d[0]) ^ (a[2]&b[0])   			  ^ (c[2]&b[0])			 	 	                              	;                     
				assign MUX 		= 1'h1 ? q_Sinv : q_S;
				assign q   		= MUX ^ k[6] ^ k[7]	^ r4[25] ^ r4[26];
			end
			if(num==38) begin 
				assign q_S = (a[2]&c[2]&b[2]) ^ (a[2]&c[2]&d[2]) ^ (a[2]&b[2]&d[2]) ^ (c[2]&b[2])	^ (c[2]&d[2]) ^ b[2] ^ d[2] ;
				assign q_Sinv = (c[2]&a[2]&b[2]) ^ (c[2]&a[2]&d[2]) ^ (c[2]&b[2]&d[2]) ^ (a[2]&b[2]) ^ (c[2]&a[2]) ^ (c[2]&b[2]) ^ a[2]					                      	;                     
				assign MUX 		= 1'h1 ? q_Sinv : q_S;
				assign q   		= MUX ^ k[7] 		  	^ r4[26] ^ r4[0] ;
			end
			if(num==39) begin 
				assign q_Sinv = 0;
				assign q_S = (a[2]&c[1]&b[0]) ^ (a[2]&c[1]&d[1]) ^ (a[2]&b[0]&d[1]) 			                                ^ k[2] ^ k[3]	^ r4[21] ^ r4[22];                     
				assign MUX 		= 1'h1 ? q_Sinv : q_S;
				assign q   		= MUX ;
			end
			if(num==40) begin 
				assign q_Sinv = 0;
				assign q_S = (a[2]&c[1]&b[2]) ^ (a[2]&c[1]&d[0]) ^ (a[2]&b[2]&d[0]) 			                                ^ k[3] ^ k[4]	^ r4[22] ^ r4[23];                     
				assign MUX 		= 1'h1 ? q_Sinv : q_S;
				assign q   		= MUX ;
			end
			if(num==41) begin 
				assign q_Sinv = 0;
				assign q_S = (a[2]&c[1]&b[1]) ^ (a[2]&c[1]&d[2]) ^ (a[2]&b[1]&d[2])					^ (c[1]&d[2])        		^ k[4] ^ k[5]	^ r4[23] ^ r4[24];                     
				assign MUX 		= 1'h1 ? q_Sinv : q_S;
				assign q   		= MUX ;
			end
			if(num==42) begin 
				assign q_Sinv = 0;
				assign q_S = (a[2]&c[0]&b[0]) ^ (a[2]&c[0]&d[2]) ^ (a[2]&b[0]&d[2])					^ (c[0]&d[2])  			    ^ k[0] 		  	^ r4[18] ^ r4[19];                    
				assign MUX 		= 1'h1 ? q_Sinv : q_S;
				assign q   		= MUX ;
			end
			if(num==43) begin 
				assign q_Sinv = 0;
				assign q_S = (a[2]&c[0]&b[1]) ^ (a[2]&c[0]&d[0]) ^ (a[2]&b[1]&d[0]) ^ d[0]       	                            ^ k[0] ^ k[1]	^ r4[19] ^ r4[20];                    
				assign MUX 		= 1'h1 ? q_Sinv : q_S;
				assign q   		= MUX ;
			end
			if(num==44) begin 
				assign q_Sinv = 0;
				assign q_S = (a[2]&c[0]&b[2]) ^ (a[2]&c[0]&d[1]) ^ (a[2]&b[2]&d[1]) 			  	                            ^ k[1] ^ k[2]	^ r4[20] ^ r4[21];                     
				assign MUX 		= 1'h1 ? q_Sinv : q_S;
				assign q   		= MUX ;
			end
		end	
	endgenerate
	

	
	//assign q = q_S;
endmodule